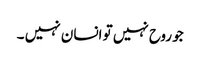
جو روح نہیں تو انسان نہیں ۔